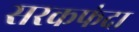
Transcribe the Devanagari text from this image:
सरकफंदा